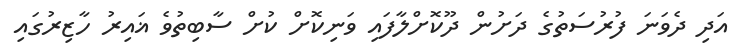
އަދި ދެވަނަ ފުރުސަތުގެ ދަށުން ދޫކޮށްލާފައި ވަނިކޮށް ކުށް ސާބިތުވެ ޣައިރު ހާޒިރުގައި